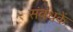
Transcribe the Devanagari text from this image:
संबंधकें